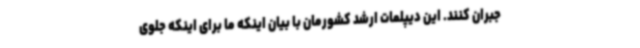
جبران کنند. این دیپلمات ارشد کشورمان با بیان اینکه ما برای اینکه جلوی